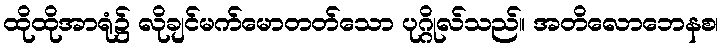
ထိုထိုအာရုံ၌ လိုချင်မက်မောတတ်သော ပုဂ္ဂိုလ်သည်။ အတိလောဘေနစ၊